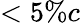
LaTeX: <5\% c